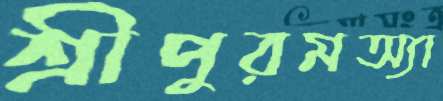
শ্রীপুরমঅ্যা